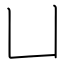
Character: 凵